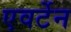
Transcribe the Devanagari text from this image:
एवर्टेन